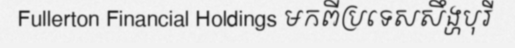
Fullerton Financial Holdings មកពីប្រទេសសឹង្ហបុរី